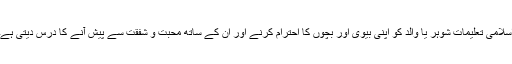
اسلامی تعلیمات شوہر یا والد کو اپنی بیوی اور بچوں کا احترام کرنے اور ان کے ساتھ محبت و شفقت سے پیش آنے کا درس دیتی ہے۔